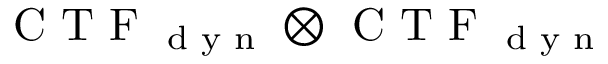
\textrm { C T F } _ { \textrm { d y n } } \otimes \textrm { C T F } _ { \textrm { d y n } }